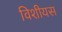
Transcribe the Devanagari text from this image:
विशीयस